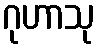
ဂုဟာသု